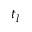
t _ { l }